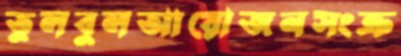
তুলবুলআয়োজনসংক্র